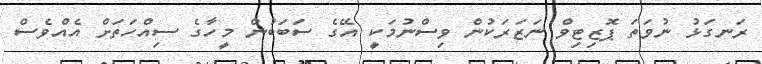
ރަނގަޅު ނުވަތަ ޕޮޒިޓިވް ނަޒަރަކުން ވިސްނުމަކީ އޭގެ ސަބަބުން މީހާގެ ސިއްހަތަށް އެއްވެސް